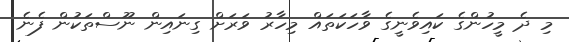
މި ދެ މީހުންގެ ކައިވެނީގެ ވާހަކަތައް މިހާރު ވަރަށް ގިނައިން ނޫސްތަކުން ފެނެ